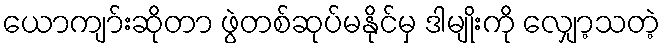
ယောကျာ်းဆိုတာ ဖွဲတစ်ဆုပ်မနိုင်မှ ဒါမျိုးကို လျှော့သတဲ့